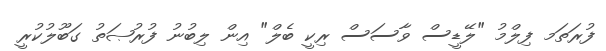
ފުރަތަމ ފިލްމު "ލޭޑީސް ވާސަސް ރިކީ ބެލް" އިން ލިބުނު ފުރުޞަތު ގަބޫލުކުރީ